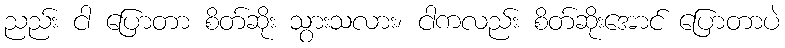
ညည်း ငါ ပြောတာ စိတ်ဆိုး သွားသလား၊ ငါကလည်း စိတ်ဆိုးအောင် ပြောတာပဲ